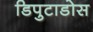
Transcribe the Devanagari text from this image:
डिपुटाडोस